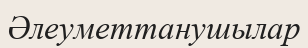
Әлеуметтанушылар